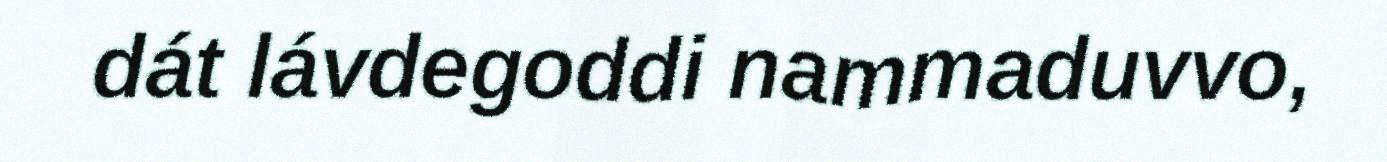
dát lávdegoddi nammaduvvo,